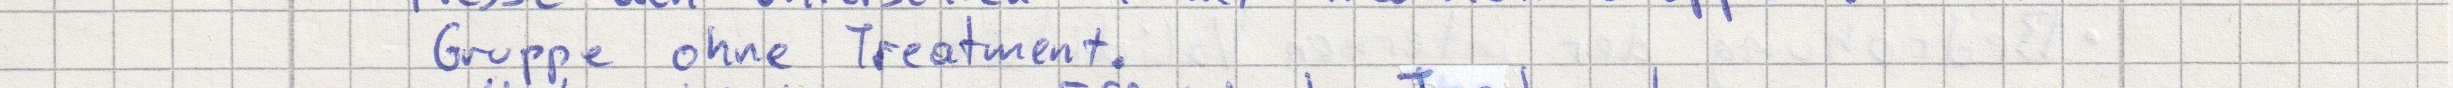
Gruppe ohne Treatment.